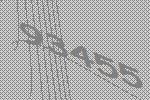
93455